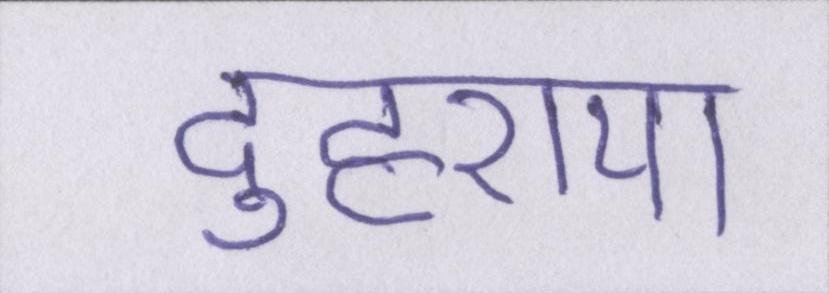
दुहराया